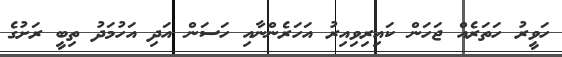
ހަވީރު ހަތަރެއް ޖަހަން ކައިރިވިއިރު އަހަރެންނާއި ހަސަން އަދި އަހުމަދު ތިބީ ރަށުގެ